system: You are a helpful assistant.
user:
Analyze the provided spectrum to determine if it is a **"Cataclysmic Variables (CV)"**.

- **Key Indicators for CV (Check for either state):**
    - **State 1: Quiescent / Low-State (Emission-Dominated)**
        - **(Primary):** Strong and *very broad* Hydrogen Balmer emission lines (e.g., $H\alpha$ at 6563 Å, $H\beta$ at 4861 Å). The 'broadness' (high velocity dispersion, often FWHM > 1000 km/s) is the key diagnostic, indicating a high-velocity accretion disk.
        - **(Secondary):** Broad neutral Helium (He I) emission lines (e.g., 5876 Å, 6678 Å).
        - **(Key Confirmation):** Presence of high-excitation *ionized* Helium (He II) emission at 4686 Å. This is a strong indicator of accretion onto a white dwarf.
        - **(Line Profile):** Emission lines may exhibit a 'double-peaked' profile, which is a classic signature of a rotating accretion disk viewed at high inclination.

    - **State 2: Outburst / High-State (Absorption-Dominated)**
        - **(Primary):** Spectrum is dominated by a bright, blue continuum (looks like a hot star).
        - **(Secondary):** The emission lines from State 1 are weak, absent, or 'filled in', and are replaced by broad, shallow *absorption* lines (primarily Balmer and He I).
        - **(Morphology):** The overall spectrum mimics a hot B/A-type star. The crucial difference is that the absorption lines are significantly broader, shallower, and more 'washed-out' (or 'smeared') than the sharp lines of a normal stellar photosphere, due to high rotational speeds and pressure broadening in the disk.

Think first, call **spectral_visualization_tool** if needed to examine features in detail, then provide your final answer. Your response must adhere to the following strict rules:
1.  **Overall Structure:** Your response must follow the format `<think>...</think> <tool_call>...</tool_call> (if a tool is used) <answer>...</answer>`.
2.  **Tool Usage Constraint:** You may only make **one** tool call per turn.
3.  **Final Answer Format:** In the `<answer>` tag, your conclusion must be inside a `\boxed{}` command (e.g., `\boxed{YES}`), followed by your justification.

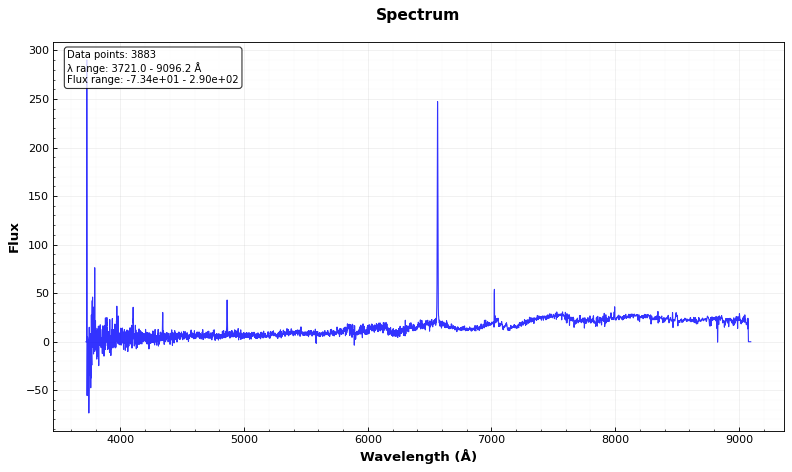
Answer: YES